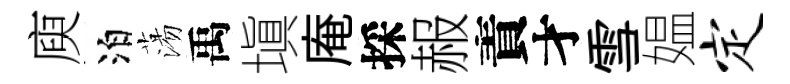
庾泊蕩禹塡庵採赧責才雪媪定